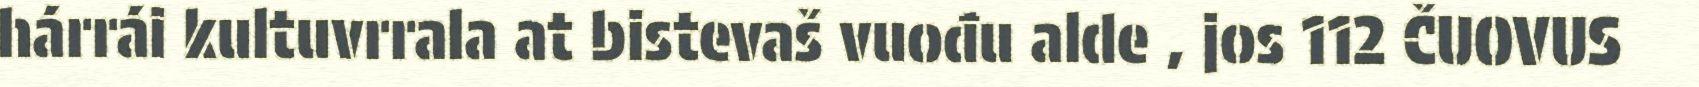
hárrái kultuvrrala at bistevaš vuođu alde , jos 112 ČUOVUS